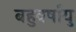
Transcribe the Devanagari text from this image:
बहुवर्षांयु